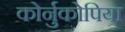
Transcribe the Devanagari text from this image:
कोर्नुकोपिया